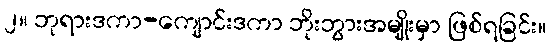
၂။ ဘုရားဒကာ-ကျောင်းဒကာ ဘိုးဘွားအမျိုးမှာ ဖြစ်ရခြင်း။